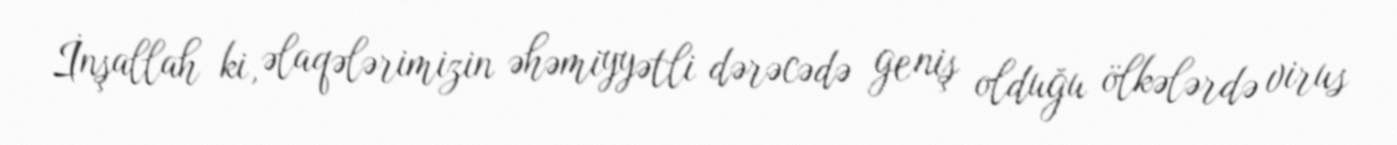
İnşallah ki, əlaqələrimizin əhəmiyyətli dərəcədə geniş olduğu ölkələrdə virus